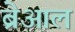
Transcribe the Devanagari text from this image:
ब्रेआल